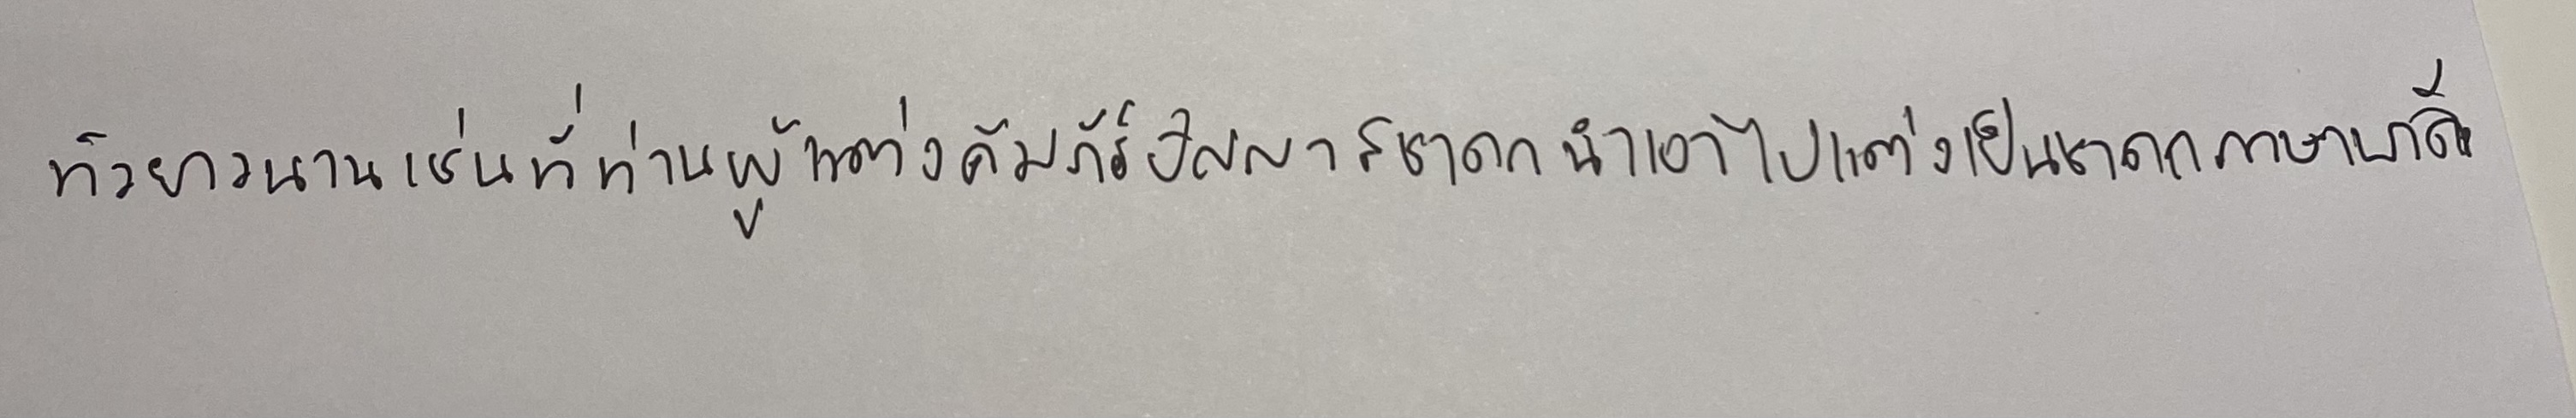
ทิวยาวทานเช่นที่ท่านผู้แต่งคัมภีร์ปัญญาสชาดกนำเอาไปแต่งเป็นชาดกภาษาบาลี